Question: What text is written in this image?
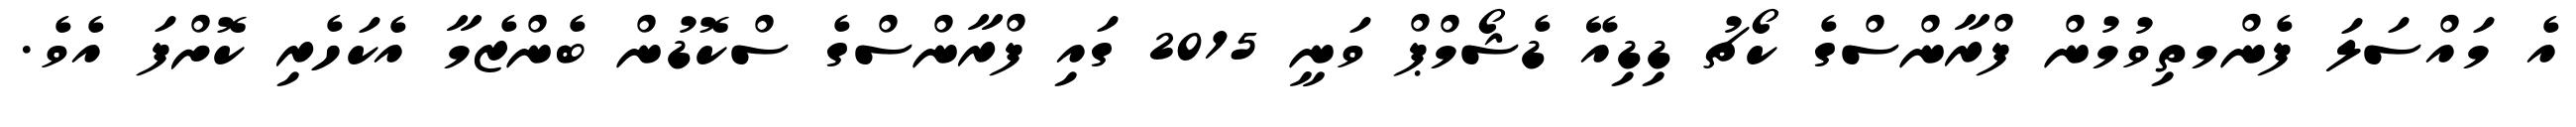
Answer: އެ މައްސަލަ ފެންމތިވުމުން ފްރާންސްގެ ކޯޗު ޑިޑިއޭ ޑެޝޯމްޕް ވަނީ 2015 ގައި ފްރާންސްގެ ސްކޮޑުން ބެންޒެމާ އެކަހެރި ކޮށްފަ އެވެ.